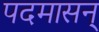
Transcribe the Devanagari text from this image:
पदमासन्